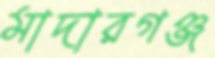
মাদারগঞ্জ